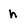
Character: h